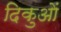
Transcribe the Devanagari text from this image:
दिकुओं